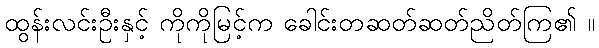
ထွန်းလင်းဦးနှင့် ကိုကိုမြင့်က ခေါင်းတဆတ်ဆတ်ညိတ်ကြ၏ ။